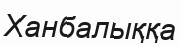
Ханбалыққа